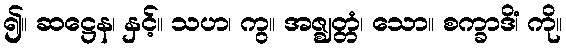
၍။ ဆဋ္ဌေန၊ နှင့်။ သဟ၊ ကွ။ အဇ္ဈတ္တံ၊ သော။ စက္ခာဒိံ၊ ကို။